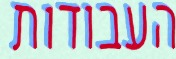
העבודות